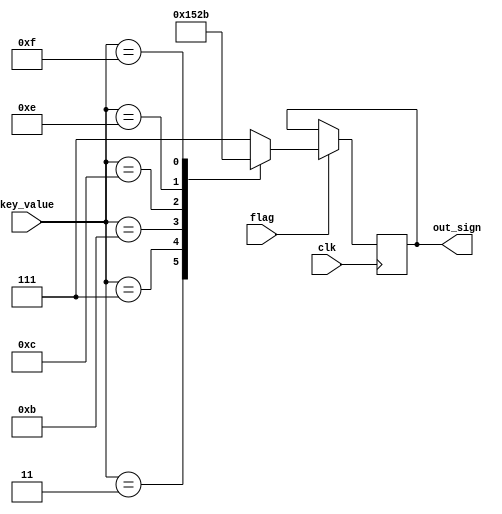
//3b111
module sign_reg(clk, flag,key_value, out_sign);
	input 				clk,flag;
	input 		[4:0] 	key_value;
	output 	reg [2:0] 	out_sign= 3'b111;
/**/
//
 parameter add 		=3'b000;
 parameter minus 	=3'b001;
 parameter multiply =3'b010;
 parameter division =3'b011;
 parameter reset 	=3'b100;
 parameter equal 	=3'b101;
always @(posedge clk)begin
	if (flag)
	case(key_value) 
//
		5'd3 :	out_sign <=  add;
		5'd7 :	out_sign <=  minus;
		5'd11:	out_sign <=  multiply;
		5'd12:	out_sign <=  reset;
		5'd14:	out_sign <=  equal;
		5'd15:	out_sign <=  division;
		default: out_sign <= 3'b111;
	endcase
	end
endmodule